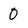
Character: 0